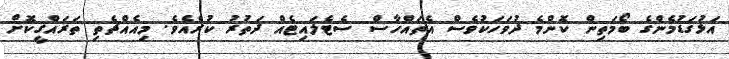
އަޅުގަޑުމެންގެ ބޯމަތިން ކޮންމެ ދުވަހަކުވެސް އެތައްހާސް ސެޓެލައިޓެއް ދަތުރު ކުރެއެވެ. މިއެއްޗެތި ތަރައްޤީކޮށް